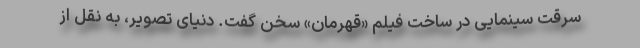
سرقت سینمایی در ساخت فیلم «قهرمان» سخن گفت. دنیای تصویر، به نقل از